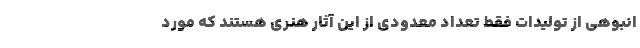
انبوهی از تولیدات فقط تعداد معدودی از این آثار هنری هستند که مورد